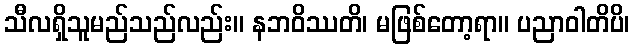
သီလရှိသူမည်သည်လည်း။ နဘဝိဿတိ၊ မဖြစ်တော့ရာ။ ပညာဝါတိပိ၊